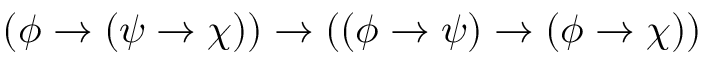
( \phi \to ( \psi \to \chi ) ) \to ( ( \phi \to \psi ) \to ( \phi \to \chi ) )